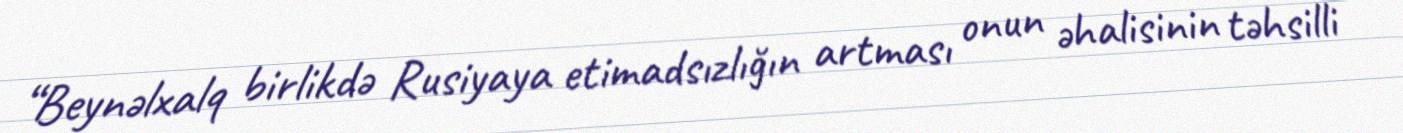
“Beynəlxalq birlikdə Rusiyaya etimadsızlığın artması onun əhalisinin təhsilli